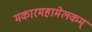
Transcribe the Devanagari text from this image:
मकारमहामेलकम्